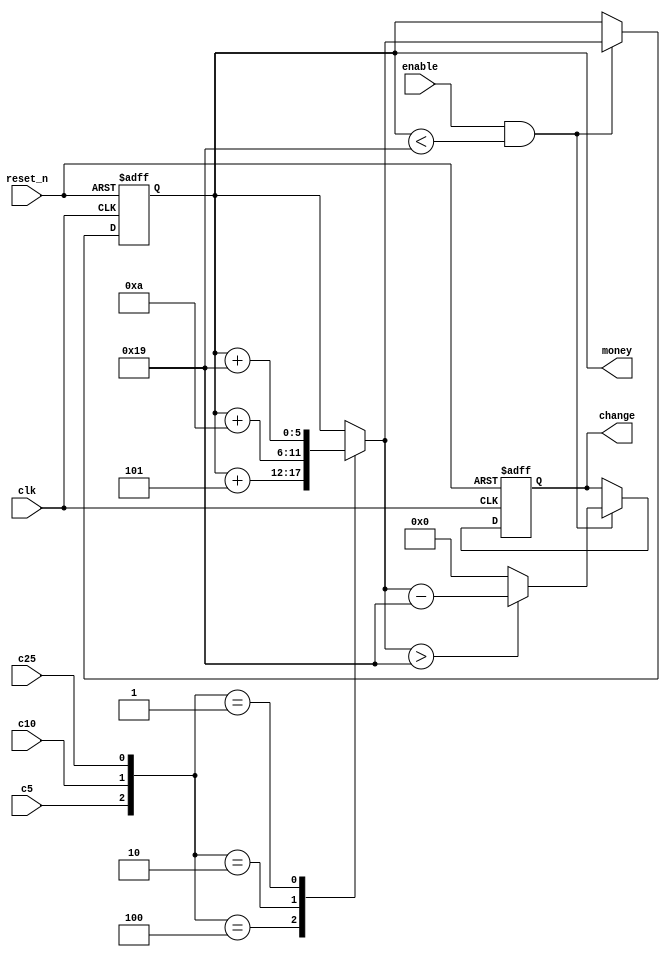
`timescale 1ns / 1ps
//////////////////////////////////////////////////////////////////////////////////
// Company: 
// Engineer: 
// 
// Design Name: 
// Module Name: money_counter
// Project Name: 
// Target Devices: 
// Tool Versions: 
// Description: 
// 
// Dependencies: 
// 
// Revision:
// Revision 0.01 - File Created
// Additional Comments:
// 
//////////////////////////////////////////////////////////////////////////////////


module money_counter
    #(parameter BITS = 6)( 
    input clk,
    input reset_n,
    input enable,
    //input up, //when asserted the counter is up counter; otherwise, it is a down counter
    //input load,
    input c5, c10, c25,
    //input [BITS - 1:0] D,
    output [BITS - 1:0] money,
    output [BITS - 1:0] change
    );
    
    reg [BITS - 1:0] money_reg, money_next;
    reg [BITS - 1:0] change_reg, change_next;
    
    always @(posedge clk, negedge reset_n)
    begin
        if (~reset_n)
        begin
            money_reg <= 6'b000000;
            change_reg <= 6'b000000;
        end
        else if(enable & money_reg < 5'b11001)
        begin
            money_reg <= money_next;
            change_reg <= change_next;
        end
        else
        begin
            money_reg <= money_reg;
            change_reg <= change_reg;
        end
    end
    
    // Next state logic
    always @(money_reg, c5, c10, c25)
    begin
        money_next = money_reg;
        case({c5, c10, c25})
            3'b100: money_next = money_reg + 4'b0101;
            3'b010: money_next = money_reg + 4'b1010;
            3'b001: money_next = money_reg + 5'b11001;
            default: money_next = money_reg;
        endcase
        
        if(money_next > 5'b11001)
            change_next = money_next - 5'b11001;
        else
            change_next = 6'b000000;
    end
    
    // Output logic
    assign money = money_reg;
    assign change = change_reg;
    
endmodule